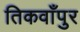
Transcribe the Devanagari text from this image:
तिकवाँपुर